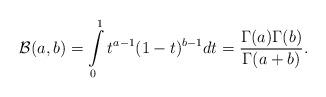
LaTeX: \begin{align*}\mathcal{B}(a,b)=\int\limits_{0}^{1}t^{a-1}(1-t)^{b-1}dt=\frac{\Gamma(a)\Gamma (b)}{\Gamma (a+b)}. \end{align*}